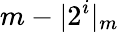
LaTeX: m-\vert 2^{i}\vert_{m}